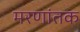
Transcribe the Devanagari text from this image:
मरणांतक